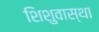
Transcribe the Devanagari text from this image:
शिशुवास्था